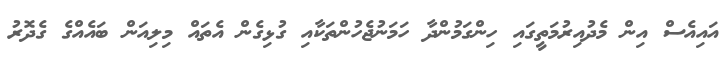
އައިއެސް އިން މެދުއިރުމަތީގައި ހިންގަމުންދާ ހަމަނުޖެހުންތަކާއި ގުޅިގެން އެތައް މިލިއަން ބައެއްގެ ގެދޮރު